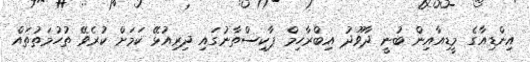
އިންޑިއާގެ މީޑިއާއިން ބުނީ ދާވޫދު އިބްރާހިމް ޕާކިސްތާނުގައި ދިރިއުޅޭ ކަމަށް ކުރެވޭ ތުހުމަތުތައް